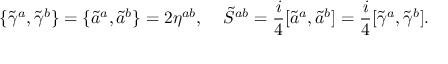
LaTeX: \{ \tilde { \gamma } ^ { a } , \tilde { \gamma } ^ { b } \} = \{ \tilde { a } ^ { a } , \tilde { a } ^ { b } \} = 2 \eta ^ { a b } , \; \; \; \; \tilde { S } ^ { a b } = \frac { i } { 4 } [ \tilde { a } ^ { a } , \tilde { a } ^ { b } ] = \frac { i } { 4 } [ \tilde { \gamma } ^ { a } , \tilde { \gamma } ^ { b } ] .